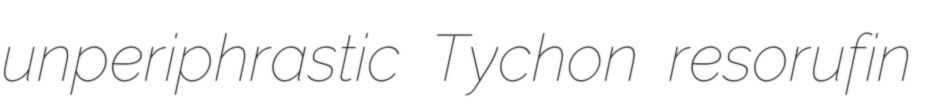
unperiphrastic Tychon resorufin